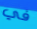
في